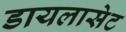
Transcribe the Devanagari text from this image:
डायलासेट